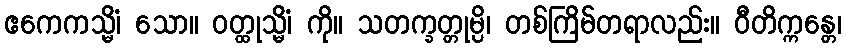
ဧကေကသ္မိံ၊ သော။ ဝတ္ထုသ္မိံ၊ ကို။ သတက္ခတ္တုမ္ပိ၊ တစ်ကြိမ်တရာလည်း။ ဝီတိက္ကန္တေ၊